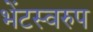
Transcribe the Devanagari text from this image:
भेंटस्‍वरुप